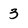
Character: 3